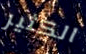
الكثير